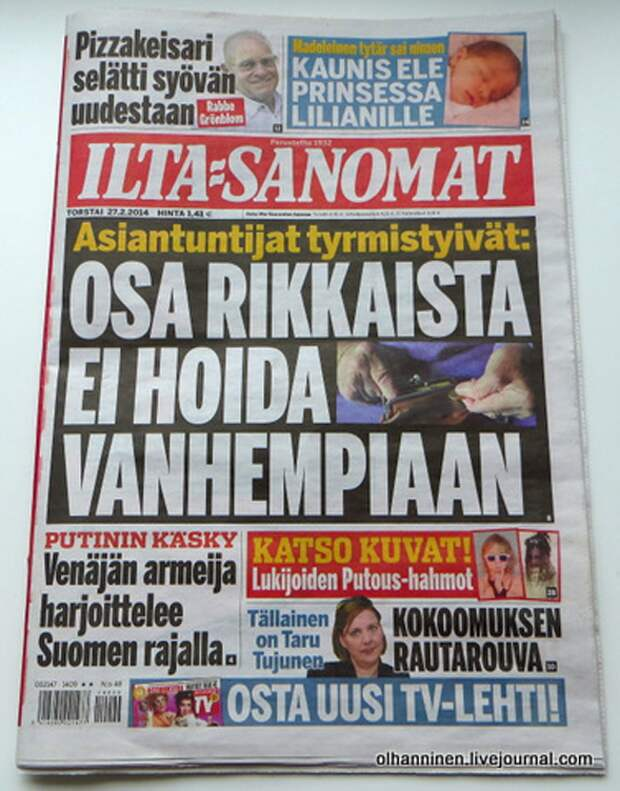
Language: fn